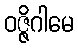
ဝဇ္ဇိဂါမေ